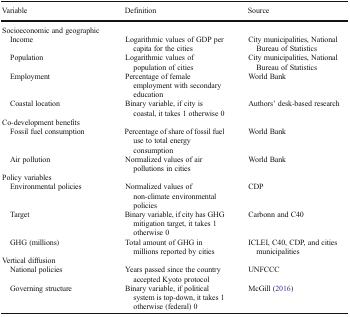
| Variable | Definition | Source |
 | --- | --- | --- |
 | <COLSPAN=3> Socioeconomic and geographic |
 | Income | Logarithmic values of GDP per capita for the cities | City municipalities, National Bureau of Statistics |
 | Population | Logarithmic values of population of cities | City municipalities, National Bureau of Statistics |
 | Employment | Percentage of female employment with secondary education | World Bank |
 | Coastal location | Binary variable, if city is coastal, it takes 1 otherwise 0 | Authors’ desk-based research |
 | <COLSPAN=3> Co-development benefits |
 | Fossil fuel consumption | Percentage of share of fossil fuel use to total energy consumption | World Bank |
 | Air pollution | Normalized values of air pollutions in cities | World Bank |
 | <COLSPAN=3> Policy variables |
 | Environmental policies | Normalized values of non-climate environmental policies | CDP |
 | Target | Binary variable, if city has GHG mitigation target, it takes 1 otherwise 0 | Carbonn and C40 |
 | GHG (millions) | Total amount of GHG in millions reported by cities | ICLEI, C40, CDP, and cities municipalities |
 | <COLSPAN=3> Vertical diffusion |
 | National policies | Years passed since the country accepted Kyoto protocol | UNFCCC |
 | Governing structure | Binary variable, if political system is top-down, it takes 1 otherwise (federal) 0 | McGill (2016) |